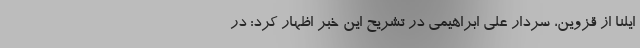
ایلنا از قزوین، سردار علی ابراهیمی در تشریح این خبر اظهار کرد: در